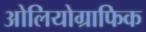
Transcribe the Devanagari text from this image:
ओलियोग्राफिक